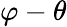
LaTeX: \varphi-\theta